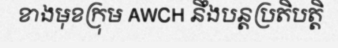
ខាងមុខក្រុម AWCH នឹងបន្តប្រតិបត្តិ